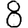
Digit: 8